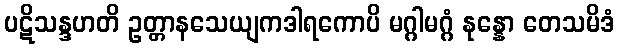
ပဋိသန္ဒဟတိ ဥတ္တာနသေယျကဒါရကောပိ မဂ္ဂါမဂ္ဂံ နုန္နော တေသမိဒံ